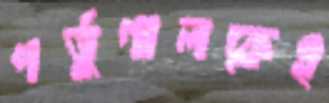
পর্তুগালকেই